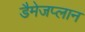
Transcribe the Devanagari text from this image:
डैमेजप्लान